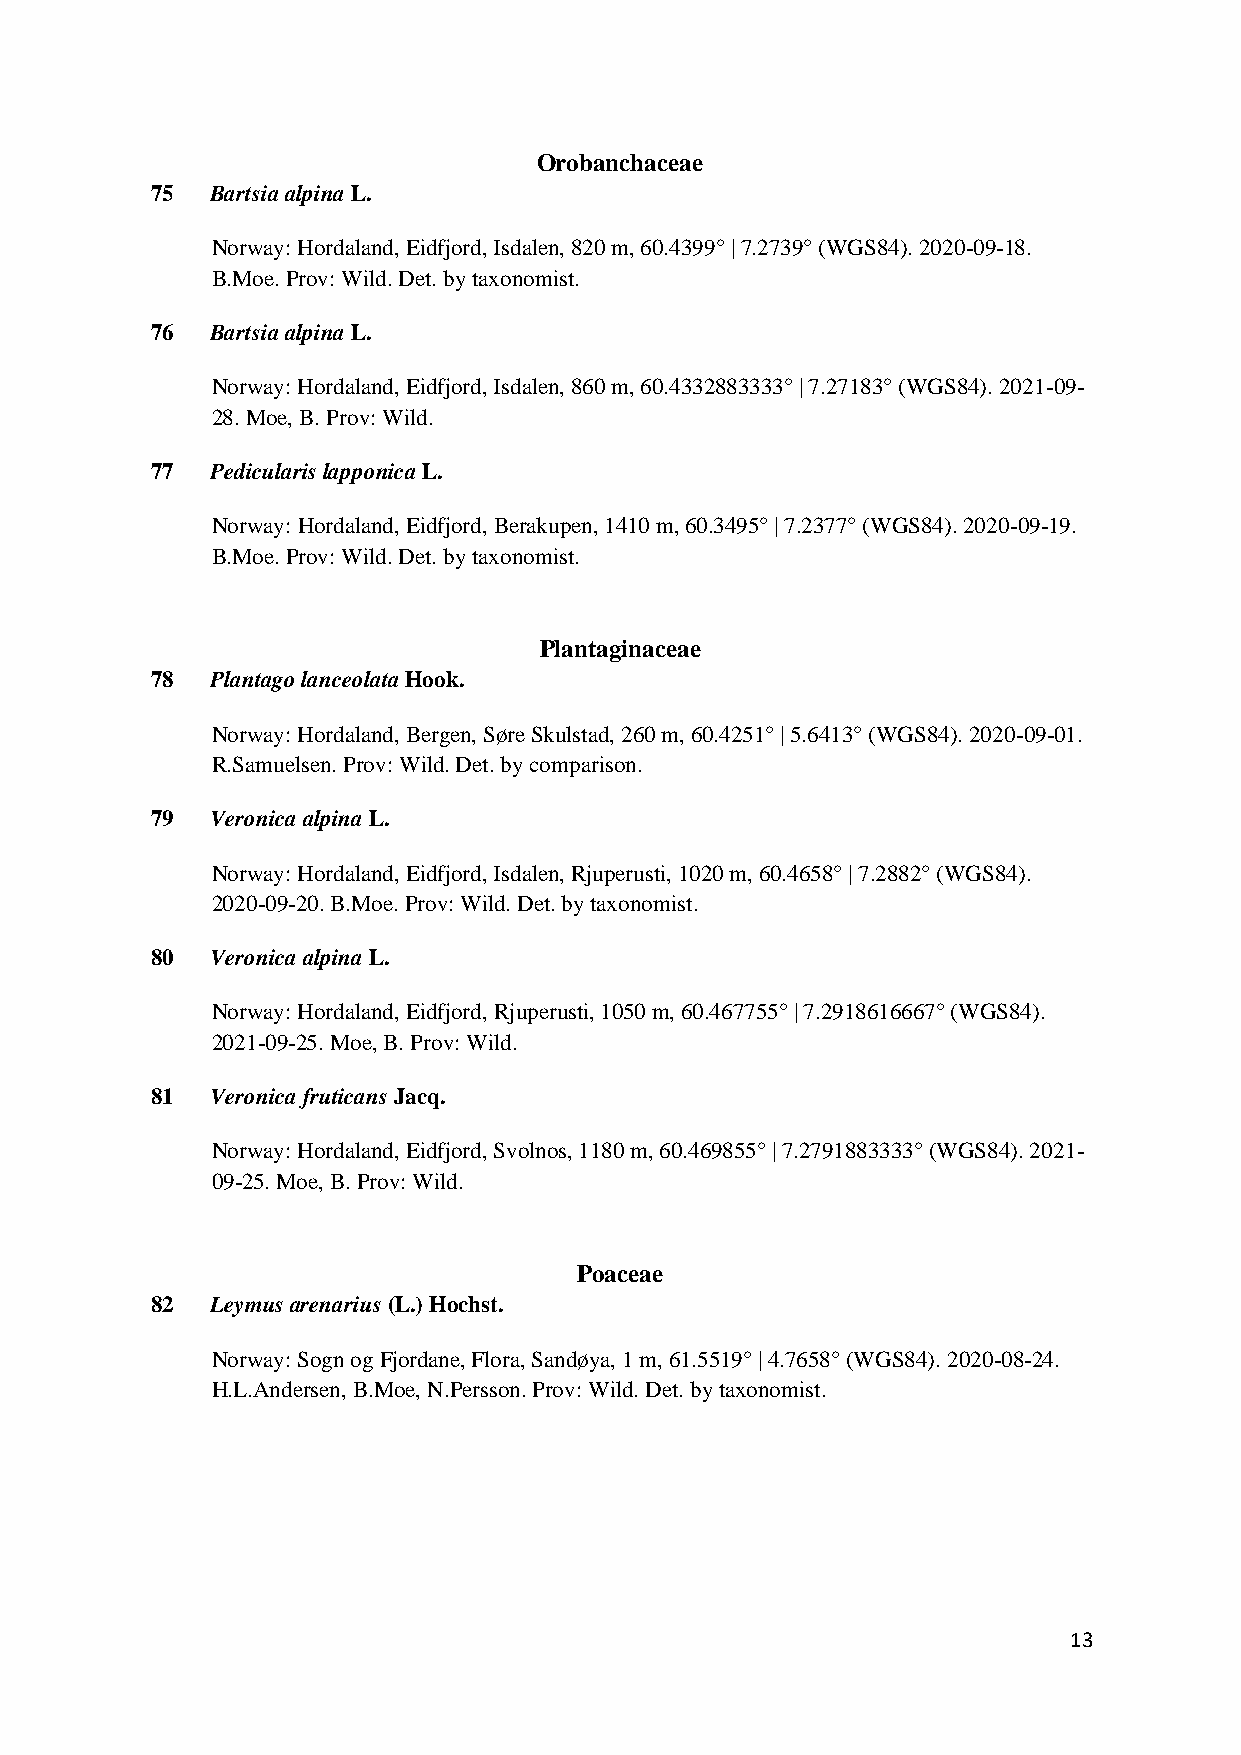
Orobanchaceae
 75  Bartsia alpina L.
 Norway: Hordaland, Eidfjord, Isdalen, 820 m, 60.4399° | 7.2739° (WGS84). 2020-09-18.
 B.Moe. Prov: Wild. Det. by taxonomist.
 76  Bartsia alpina L.
 Norway: Hordaland, Eidfjord, Isdalen, 860 m, 60.4332883333° | 7.27183° (WGS84). 2021-09-
 28. Moe, B. Prov: Wild.
 77  Pedicularis lapponica L.
 Norway: Hordaland, Eidfjord, Berakupen, 1410 m, 60.3495° | 7.2377° (WGS84). 2020-09-19.
 B.Moe. Prov: Wild. Det. by taxonomist.
 Plantaginaceae
 78  Plantago lanceolata Hook.
 Norway: Hordaland, Bergen, Søre Skulstad, 260 m, 60.4251° | 5.6413° (WGS84). 2020-09-01.
 R.Samuelsen. Prov: Wild. Det. by comparison.
 79  Veronica alpina L.
 Norway: Hordaland, Eidfjord, Isdalen, Rjuperusti, 1020 m, 60.4658° | 7.2882° (WGS84).
 2020-09-20. B.Moe. Prov: Wild. Det. by taxonomist.
 80  Veronica alpina L.
 Norway: Hordaland, Eidfjord, Rjuperusti, 1050 m, 60.467755° | 7.2918616667° (WGS84).
 2021-09-25. Moe, B. Prov: Wild.
 81  Veronica fruticans Jacq.
 Norway: Hordaland, Eidfjord, Svolnos, 1180 m, 60.469855° | 7.2791883333° (WGS84). 2021-
 09-25. Moe, B. Prov: Wild.
 Poaceae
 82  Leymus arenarius (L.) Hochst.
 Norway: Sogn og Fjordane, Flora, Sandøya, 1 m, 61.5519° | 4.7658° (WGS84). 2020-08-24.
 H.L.Andersen, B.Moe, N.Persson. Prov: Wild. Det. by taxonomist.
 13